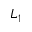
L _ { 1 }